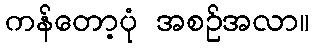
ကန်တော့ပုံ အစဉ်အလာ။